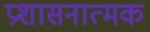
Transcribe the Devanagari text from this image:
प्रशासनात्मक